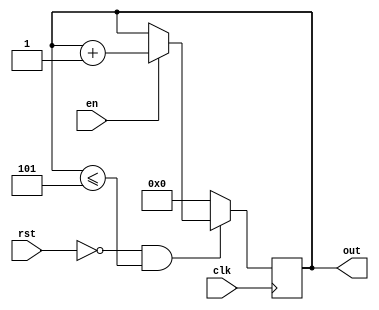
//============================================================================//
//                                                                            //
//      Parameterize Counter                                                  //
//                                                                            //
//      Module name: counter                                                  //
//      Desc: parameterized counter, counts up/down in any increment          //
//      Developer: Rurik Primiani & Wesley New                                //
//      Licence: GNU General Public License ver 3                             //
//      Notes:                                                                //
//                                                                            //
//============================================================================//

module counter #(
      //==============================
      // Top level block parameters
      //==============================
      parameter ARCHITECTURE = "BEHAVIORAL",     // BEHAVIORAL, VIRTEX5, VIRTEX6
      parameter DATA_WIDTH   = 8,                // number of bits in counter
      parameter COUNT_FROM   = 0,                // start with this number   
      parameter COUNT_TO     = 2^(DATA_WIDTH-1), // value to count to in CL case
      parameter STEP         = 1                 // negative or positive, sets direction
   ) (
      //===============
      // Input Ports
      //===============
      input clk,
      input en,
      input rst,
      
      //===============
      // Output Ports
      //===============
      output reg [DATA_WIDTH-1:0] out
   );

   //=======================================
   // Generate according to implementation
   //=======================================
   generate
      case (ARCHITECTURE)
         
         "BEHAVIORAL" : 
         begin
            // Synchronous logic
            always @(posedge clk)
            begin
               if (rst == 0 && out <= COUNT_TO)
               begin
     	            if (en == 1)
                  begin
     	               out <= out + STEP;
     	            end
     	         end
               else
               begin
     	            out <= COUNT_FROM;
               end // else: if(rst != 0)
            end
         end // case "BEHAVIORAL"
 
         "VIRTEX5" :
         begin
            // Instantiate V5 counter primitive
         end
     
         "VIRTEX6" :
         begin
            // Instantiate V6 counter primitive
         end
     
         default :
         begin
            // default case
         end

      endcase 
   endgenerate
endmodule